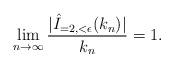
LaTeX: \begin{align*} \lim_{n\to \infty}\frac{ |\hat{I}_{=2,<\epsilon}(k_{n})|}{k_{n}}=1.\end{align*}